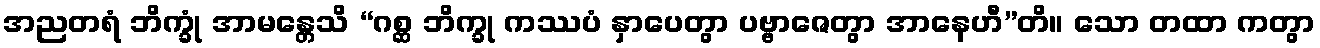
အညတရံ ဘိက္ခုံ အာမန္တေသိ “ဂစ္ဆ ဘိက္ခု ကဿပံ နှာပေတွာ ပဗ္ဗာဇေတွာ အာနေဟီ”တိ။ သော တထာ ကတွာ